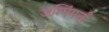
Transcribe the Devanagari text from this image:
जम्पिंगची